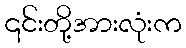
၎င်းတို့အားလုံးက